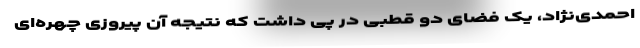
احمدی‌نژاد، یک فضای دو قطبی در پی داشت که نتیجه آن پیروزی چهره‌ای